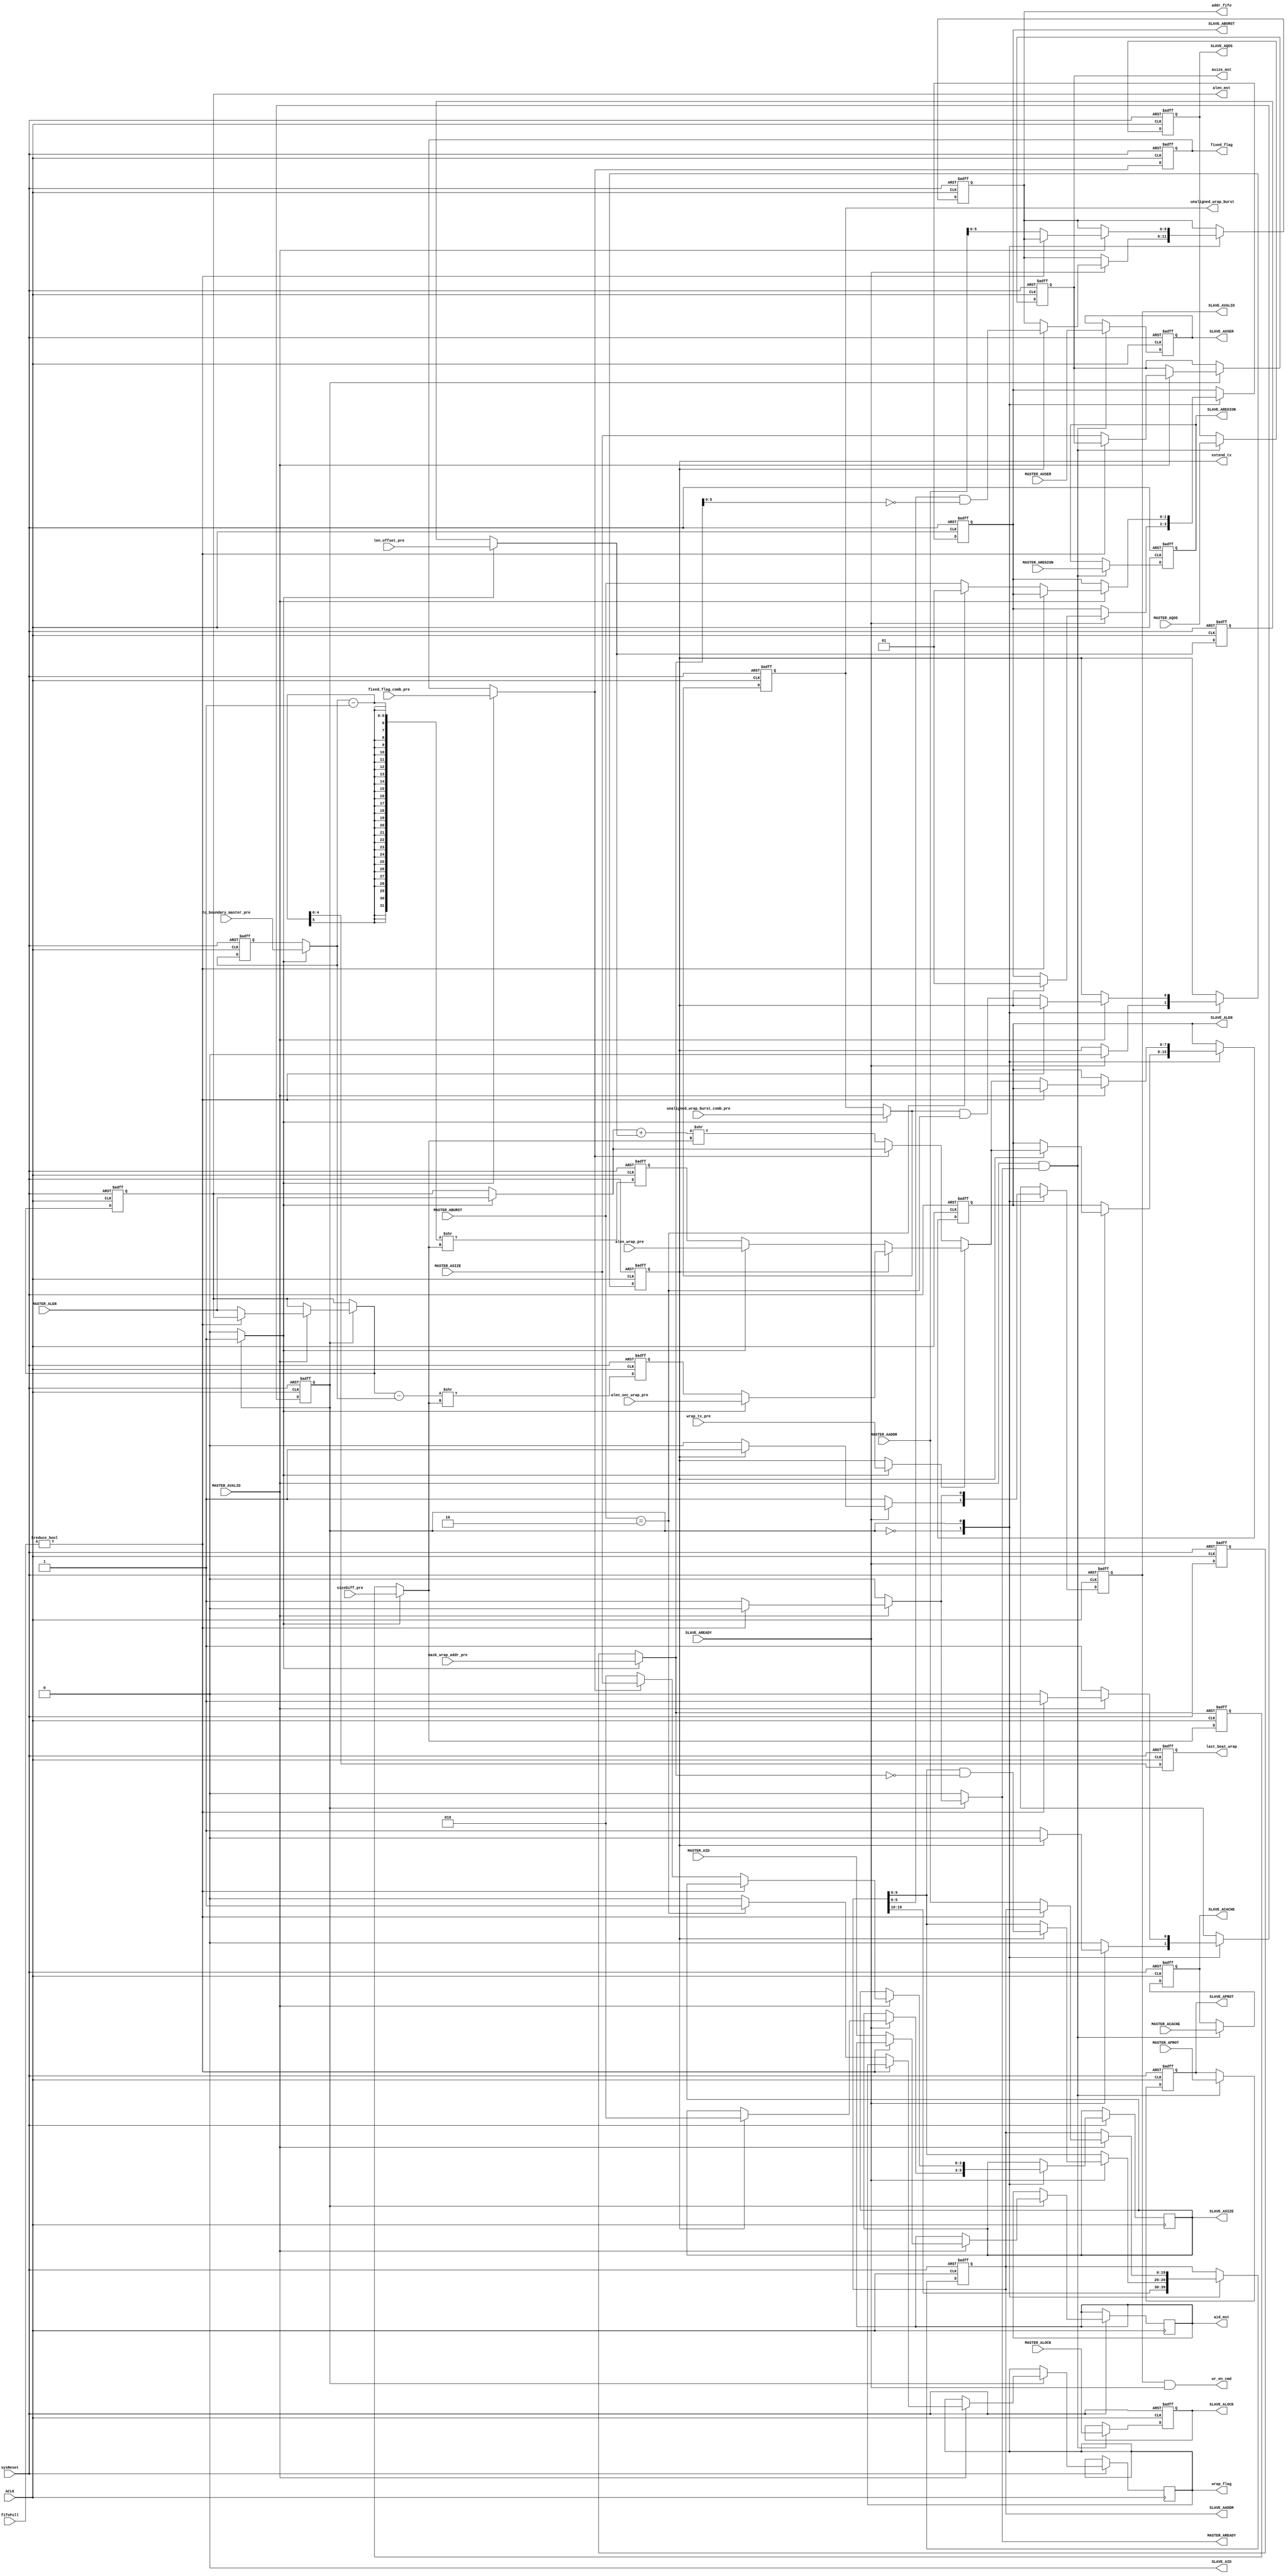
///////////////////////////////////////////////////////////////////////////////////////////////////
// Company: MICROSEMI
//
// IP Core: COREAXI4INTERCONNECT
//
//  Description  : The AMBA AXI4 Interconnect core connects one or more AXI memory-mapped master devices to one or
//                 more memory-mapped slave devices. The AMBA AXI protocol supports high-performance, high-frequency
//                 system designs.
//
//  COPYRIGHT 2017 BY MICROSEMI 
//  THE INFORMATION CONTAINED IN THIS DOCUMENT IS SUBJECT TO LICENSING RESTRICTIONS 
//  FROM MICROSEMI CORP.  IF YOU ARE NOT IN POSSESSION OF WRITTEN AUTHORIZATION FROM 
//  MICROSEMI FOR USE OF THIS FILE, THEN THE FILE SHOULD BE IMMEDIATELY DESTROYED AND 
//  NO BACK-UP OF THE FILE SHOULD BE MADE. 
//
//
/////////////////////////////////////////////////////////////////////////////////////////////////// 
 
 
module caxi4interconnect_DWC_UpConv_AChannel (
                            //  input ports
                            ACLK,
                            sysReset,
                            MASTER_ALEN,
                            MASTER_AVALID,
                            MASTER_AID,
                            MASTER_AADDR,
                            MASTER_ABURST,
                            MASTER_ACACHE,
                            MASTER_ALOCK,
                            MASTER_ASIZE,
                            MASTER_APROT,
                            MASTER_AQOS,
                            MASTER_AREGION,
                            MASTER_AUSER,
                            SLAVE_AREADY,
                            fifoFull,
                            to_boundary_master_pre,
                            mask_wrap_addr_pre,
                            sizeDiff_pre,
                            unaligned_wrap_burst_comb_pre,
                            len_offset_pre,
                            wrap_tx_pre,
                            fixed_flag_comb_pre,
                            alen_sec_wrap_pre,
                            alen_wrap_pre,
 
                            //  output ports
                            MASTER_AREADY,
                            SLAVE_ALEN,
                            SLAVE_AVALID,
                            SLAVE_AID,
                            SLAVE_AADDR,
                            SLAVE_ABURST,
                            SLAVE_ACACHE,
                            SLAVE_ALOCK,
                            SLAVE_ASIZE,
                            SLAVE_APROT,
                            SLAVE_AQOS,
                            SLAVE_AREGION,
                            SLAVE_AUSER,
                            extend_tx,
                            wr_en_cmd,
                            addr_fifo,
                            asize_mst,
                            alen_mst,
                            wrap_flag,
                            fixed_flag,
                            last_beat_wrap,
                            unaligned_wrap_burst,
                            aid_mst
                            );
 
   parameter        ADDR_WIDTH                      = 20;
   parameter        ID_WIDTH                        = 1;
   parameter        USER_WIDTH                      = 1;
   parameter        DATA_WIDTH_IN                   = 32;
   parameter        DATA_WIDTH_OUT                  = 32;
   parameter        CMD_FIFO_DATA_WIDTH             = 30;
   parameter        TOTAL_IDS                       = (2 ** ID_WIDTH);
   parameter        READ_INTERLEAVE                 = 0;
//  input ports
   input            ACLK;
   wire             ACLK;
   input            sysReset;
   wire             sysReset;
   input     [7:0]  MASTER_ALEN;
   wire      [7:0]  MASTER_ALEN;
   input            MASTER_AVALID;
   wire             MASTER_AVALID;
   input     [ID_WIDTH - 1:0] MASTER_AID;
   wire      [ID_WIDTH - 1:0] MASTER_AID;
   input     [ADDR_WIDTH - 1:0] MASTER_AADDR;
   wire      [ADDR_WIDTH - 1:0] MASTER_AADDR;
   input     [1:0]  MASTER_ABURST;
   wire      [1:0]  MASTER_ABURST;
   input     [3:0]  MASTER_ACACHE;
   wire      [3:0]  MASTER_ACACHE;
   input     [1:0]  MASTER_ALOCK;
   wire      [1:0]  MASTER_ALOCK;
   input     [2:0]  MASTER_ASIZE;
   wire      [2:0]  MASTER_ASIZE;
   input     [2:0]  MASTER_APROT;
   wire      [2:0]  MASTER_APROT;
   input     [3:0]  MASTER_AQOS;
   wire      [3:0]  MASTER_AQOS;
   input     [3:0]  MASTER_AREGION;
   wire      [3:0]  MASTER_AREGION;
   input     [USER_WIDTH - 1:0] MASTER_AUSER;
   wire      [USER_WIDTH - 1:0] MASTER_AUSER;
   input            SLAVE_AREADY;
   wire             SLAVE_AREADY;
   input     [TOTAL_IDS-1:0] fifoFull;
   wire      [TOTAL_IDS-1:0] fifoFull;
   input     [4:0]  to_boundary_master_pre;
   wire      [4:0]  to_boundary_master_pre;
   input     [9:0]  mask_wrap_addr_pre;
   wire      [9:0]  mask_wrap_addr_pre;
   input     [2:0]  sizeDiff_pre;
   wire      [2:0]  sizeDiff_pre;
   input            unaligned_wrap_burst_comb_pre;
   wire             unaligned_wrap_burst_comb_pre;
   input     [5:0]  len_offset_pre;
   wire      [5:0]  len_offset_pre;
   input            wrap_tx_pre;
   wire             wrap_tx_pre;
   input            fixed_flag_comb_pre;
   wire             fixed_flag_comb_pre;
   input     [7:0]  alen_sec_wrap_pre;
   wire      [7:0]  alen_sec_wrap_pre;
   input     [7:0]  alen_wrap_pre;
   wire      [7:0]  alen_wrap_pre;
//  output ports
   output           MASTER_AREADY;
   reg              MASTER_AREADY;
   output    [7:0]  SLAVE_ALEN;
   reg       [7:0]  SLAVE_ALEN;
   output           SLAVE_AVALID;
   reg              SLAVE_AVALID;
   output    [ID_WIDTH - 1:0] SLAVE_AID;
   wire      [ID_WIDTH - 1:0] SLAVE_AID;
   output    [ADDR_WIDTH - 1:0] SLAVE_AADDR;
   reg       [ADDR_WIDTH - 1:0] SLAVE_AADDR;
   output    [1:0]  SLAVE_ABURST;
   reg       [1:0]  SLAVE_ABURST;
   output    [3:0]  SLAVE_ACACHE;
   reg       [3:0]  SLAVE_ACACHE;
   output    [1:0]  SLAVE_ALOCK;
   reg       [1:0]  SLAVE_ALOCK;
   output    [2:0]  SLAVE_ASIZE;
   reg       [2:0]  SLAVE_ASIZE;
   output    [2:0]  SLAVE_APROT;
   reg       [2:0]  SLAVE_APROT;
   output    [3:0]  SLAVE_AQOS;
   reg       [3:0]  SLAVE_AQOS;
   output    [3:0]  SLAVE_AREGION;
   reg       [3:0]  SLAVE_AREGION;
   output    [USER_WIDTH - 1:0] SLAVE_AUSER;
   reg       [USER_WIDTH - 1:0] SLAVE_AUSER;
   output           extend_tx;
   reg              extend_tx;
   output           wr_en_cmd;
   wire             wr_en_cmd;
   output    [5:0]  addr_fifo;
   reg       [5:0]  addr_fifo;
   output    [2:0]  asize_mst;
   reg       [2:0]  asize_mst;
   output    [7:0]  alen_mst;
   reg       [7:0]  alen_mst;
   output           wrap_flag;
   reg              wrap_flag;
   output           fixed_flag;
   reg              fixed_flag;
   output    [4:0]  last_beat_wrap;
   reg       [4:0]  last_beat_wrap;
   output           unaligned_wrap_burst;
   reg              unaligned_wrap_burst;
   output    [ID_WIDTH - 1:0] aid_mst;
   reg       [ID_WIDTH - 1:0] aid_mst;
//  local signals
   wire      [1:0]  WRAP;
   reg       [4:0]  to_boundary_master;
   reg       [4:0]  to_boundary_master_reg;
   wire      [7:0]  alen_int;
   wire      [8:0]  alen_tot;
   wire      [7:0]  alen_wrap;
   wire      [7:0]  alen_sec_wrap;
   wire      [7:0]  wrap_alen_out;
   wire      [7:0]  alen_out;
   reg       [5:0]  len_offset;
   reg       [5:0]  len_offset_reg;
   reg       [9:0]  mask_wrap_addr;
   reg              unaligned_wrap_burst_comb;
   reg       [2:0]  sizeDiff_reg;
   reg       [2:0]  sizeDiff;
   wire             addr_phase_accept;
   reg              wrap_tx;
   reg       [9:0]  mask_wrap_addr_reg;
   reg       [7:0]  MASTER_ALEN_int;
   reg              fixed_flag_comb;
   reg              wait_avalid_state;
   reg       [7:0]  alen_sec_wrap_reg;
   reg       [7:0]  alen_wrap_reg;
 
   parameter SEND_TRANS  = 1'b0,
             WAIT_AVALID = 1'b1;
 
 
   reg [0:0] visual_AChan_FSM_current, visual_AChan_FSM_next;
 
   reg       [7:0]  visual_SLAVE_ALEN_next;
   reg              visual_SLAVE_AVALID_next;
   reg       [ID_WIDTH-1:0] visual_SLAVE_AID_next;
   reg       [ADDR_WIDTH - 1:0] visual_SLAVE_AADDR_next;
   reg       [1:0]  visual_SLAVE_ABURST_next;
   reg       [2:0]  visual_SLAVE_ASIZE_next;
   reg              visual_extend_tx_next;
   reg       [5:0]  visual_addr_fifo_next;
   reg       [2:0]  visual_asize_mst_next;
   reg       [7:0]  visual_alen_mst_next;
   reg              visual_wrap_flag_next;
   reg       [ID_WIDTH - 1:0] visual_aid_mst_next;
   
   wire      [TOTAL_IDS-1:0] fifoFull_Ctrl = READ_INTERLEAVE ? fifoFull[MASTER_AID] : fifoFull;
   
   reg       [ID_WIDTH - 1:0] SLAVE_AID_REG;
 
 
   // Combinational process
   always@(*)
   //always  @(SLAVE_ALEN or SLAVE_AVALID or SLAVE_AADDR or SLAVE_ABURST or SLAVE_ASIZE or extend_tx or addr_fifo or asize_mst or alen_mst or wrap_flag or aid_mst or SLAVE_AREADY or mask_wrap_addr or
   //          alen_out or MASTER_AVALID or fifoFull or MASTER_AADDR or unaligned_wrap_burst_comb or MASTER_ABURST or WRAP or MASTER_ASIZE or MASTER_ALEN or MASTER_AID or fixed_flag_comb or
   //          visual_AChan_FSM_current)
   begin : AChan_FSM_comb
      MASTER_AREADY <= 1'b0;
      visual_SLAVE_ALEN_next <= SLAVE_ALEN;
      visual_SLAVE_AVALID_next <= SLAVE_AVALID;
      visual_SLAVE_AADDR_next <= SLAVE_AADDR;
      visual_SLAVE_ABURST_next <= SLAVE_ABURST;
      visual_SLAVE_ASIZE_next <= SLAVE_ASIZE;
      visual_SLAVE_AID_next <= SLAVE_AID;
      visual_extend_tx_next <= extend_tx;
      visual_addr_fifo_next <= addr_fifo;
      visual_asize_mst_next <= asize_mst;
      visual_alen_mst_next <= alen_mst;
      visual_wrap_flag_next <= wrap_flag;
      visual_aid_mst_next <= aid_mst;
      wait_avalid_state <= 0;
 
 
 
      case (visual_AChan_FSM_current)
         SEND_TRANS:
            begin
               MASTER_AREADY <= 1'b0;
               if (SLAVE_AREADY)
               begin
                  if (extend_tx)
                  begin
                     visual_SLAVE_AVALID_next <= 1;
                     visual_SLAVE_AADDR_next <= {SLAVE_AADDR[ADDR_WIDTH - 1:10], (SLAVE_AADDR[9:0] & ~(mask_wrap_addr))};
                     visual_SLAVE_ALEN_next <= alen_out;
                     visual_SLAVE_ABURST_next <= 2'b01;
                     visual_addr_fifo_next <= SLAVE_AADDR[5:0] & ~(mask_wrap_addr[5:0]);
                     visual_extend_tx_next <= 1'b0;
                     visual_SLAVE_ASIZE_next <= $clog2 (DATA_WIDTH_OUT / 8);
                     visual_AChan_FSM_next <= SEND_TRANS;
                  end
                  else
                  begin
                     visual_SLAVE_AVALID_next <= 0;
                     visual_AChan_FSM_next <= WAIT_AVALID;
                  end
               end
               else
               begin
                  visual_SLAVE_AVALID_next <= 1'b1;
                  visual_AChan_FSM_next <= SEND_TRANS;
               end
            end
 
         WAIT_AVALID:
            begin
               wait_avalid_state <= 1;
               if (MASTER_AVALID)
               begin
                  if (fifoFull_Ctrl)
                  begin
                     visual_SLAVE_AVALID_next <= 0;
                     visual_AChan_FSM_next <= WAIT_AVALID;
                  end
                  else
                  begin
                     visual_SLAVE_AADDR_next <= MASTER_AADDR;
                     visual_SLAVE_ALEN_next <= alen_out;
                     visual_SLAVE_AVALID_next <= 1'b1;
					 visual_SLAVE_AID_next    <= MASTER_AID;
                     MASTER_AREADY <= 1'b1;
                     visual_addr_fifo_next <= MASTER_AADDR[5:0];
                     visual_extend_tx_next <= unaligned_wrap_burst_comb & (MASTER_ABURST == WRAP);
                     visual_asize_mst_next <= MASTER_ASIZE;
                     visual_alen_mst_next <= MASTER_ALEN;
                     visual_aid_mst_next <= MASTER_AID;
                     visual_SLAVE_ASIZE_next <= (fixed_flag_comb) ? MASTER_ASIZE : $clog2 (DATA_WIDTH_OUT / 8);
                     if (MASTER_ABURST == WRAP)
                     begin
                        visual_SLAVE_ABURST_next <= 2'b01;
                        visual_wrap_flag_next <= 1'b1;
                        visual_AChan_FSM_next <= SEND_TRANS;
                     end
                     else
                     begin
                        visual_SLAVE_ABURST_next <= MASTER_ABURST;
                        visual_wrap_flag_next <= 1'b0;
                        visual_AChan_FSM_next <= SEND_TRANS;
                     end
                  end
               end
               else
               begin
                  visual_SLAVE_AVALID_next <= 0;
                  visual_AChan_FSM_next <= WAIT_AVALID;
               end
            end
 
         default:
            begin
               visual_AChan_FSM_next <= WAIT_AVALID;
            end
      endcase
   end
 
   always  @(posedge ACLK or negedge sysReset)
   begin : AChan_FSM
 
      if (!sysReset)
      begin
         SLAVE_ABURST <= 2'b00;
         SLAVE_AADDR <= 0;
         SLAVE_AVALID <= 0;
         SLAVE_ALEN <= 0;
         addr_fifo <= 0;
         extend_tx <= 0;
         asize_mst <= 0;
         alen_mst <= 0;
         visual_AChan_FSM_current <= WAIT_AVALID;
      end
      else
      begin
         SLAVE_ALEN <= visual_SLAVE_ALEN_next;
         SLAVE_AVALID <= visual_SLAVE_AVALID_next;
         SLAVE_AADDR <= visual_SLAVE_AADDR_next;
         SLAVE_ABURST <= visual_SLAVE_ABURST_next;
         SLAVE_ASIZE <= visual_SLAVE_ASIZE_next;
         extend_tx <= visual_extend_tx_next;
         addr_fifo <= visual_addr_fifo_next;
         asize_mst <= visual_asize_mst_next;
         alen_mst <= visual_alen_mst_next;
         wrap_flag <= visual_wrap_flag_next;
         aid_mst <= visual_aid_mst_next;
         visual_AChan_FSM_current <= visual_AChan_FSM_next;
      end
   end
 
 
 
   always
      @( posedge ACLK or negedge sysReset )
   begin   :AChan_unchanged_sigs
 
      if (!sysReset)
      begin
         SLAVE_ALOCK <= 0;
         SLAVE_APROT <= 0;
         SLAVE_AUSER <= 0;
         SLAVE_AREGION <= 0;
         SLAVE_AQOS <= 0;
         SLAVE_ACACHE <= 0;
      end
      else
      begin
         if (addr_phase_accept)
         begin
            SLAVE_ALOCK <= MASTER_ALOCK;
            SLAVE_APROT <= MASTER_APROT;
            SLAVE_AUSER <= MASTER_AUSER;
            SLAVE_AREGION <= MASTER_AREGION;
            SLAVE_AQOS <= MASTER_AQOS;
            SLAVE_ACACHE <= MASTER_ACACHE;
         end
      end
   end
 
 
 
   always
      @( posedge ACLK or negedge sysReset )
   begin   :ctrl_sigs_reg
 
      if (!sysReset)
      begin
         to_boundary_master_reg <= 0;
         sizeDiff_reg <= 0;
         unaligned_wrap_burst <= 0;
         len_offset_reg <= 0;
         last_beat_wrap <= 0;
         mask_wrap_addr_reg <= 0;
         fixed_flag  <= 1'b0;
         alen_sec_wrap_reg <= 0;
         alen_wrap_reg <= 0;
      end
      else
      begin
         to_boundary_master_reg <= to_boundary_master;
         sizeDiff_reg <= sizeDiff;
         unaligned_wrap_burst <= unaligned_wrap_burst_comb;
         len_offset_reg <= len_offset;
         last_beat_wrap <= to_boundary_master - 1;
         mask_wrap_addr_reg <= mask_wrap_addr;
         fixed_flag <= fixed_flag_comb;
         alen_sec_wrap_reg <= (visual_alen_mst_next - to_boundary_master) >> sizeDiff;
         alen_wrap_reg <= ((to_boundary_master - 1) >>  sizeDiff);
      end
   end
 
 
 
   always  @(wait_avalid_state or to_boundary_master_pre or mask_wrap_addr_pre or sizeDiff_pre or unaligned_wrap_burst_comb_pre or MASTER_ALEN or len_offset_pre or wrap_tx_pre or fixed_flag_comb_pre or
             to_boundary_master_reg or mask_wrap_addr_reg or sizeDiff_reg or unaligned_wrap_burst or alen_mst or len_offset_reg or extend_tx or fixed_flag)
   begin   :comb
 
      if (wait_avalid_state)
      begin
         to_boundary_master <=  to_boundary_master_pre;
         mask_wrap_addr <= mask_wrap_addr_pre;
         sizeDiff <= sizeDiff_pre;
         unaligned_wrap_burst_comb <= unaligned_wrap_burst_comb_pre;
         MASTER_ALEN_int <= MASTER_ALEN;
         len_offset <= len_offset_pre;
         wrap_tx <= wrap_tx_pre;
         fixed_flag_comb <= fixed_flag_comb_pre;
      end
      else
      begin
         to_boundary_master <= to_boundary_master_reg;
         mask_wrap_addr <= mask_wrap_addr_reg;
         sizeDiff <=  sizeDiff_reg;
         unaligned_wrap_burst_comb <= unaligned_wrap_burst;
         MASTER_ALEN_int <= alen_mst;
         len_offset <= len_offset_reg;
         wrap_tx <= extend_tx;
         fixed_flag_comb <= fixed_flag;
      end
   end
 
   // use master address when MASTER_AVALID is asserted otherwise use the latched version
   assign addr_beat = MASTER_AADDR[MASTER_ASIZE+:4] & MASTER_ALEN;
 
   assign wr_en_cmd = SLAVE_AVALID & SLAVE_AREADY;
 
   assign mask = (DATA_WIDTH_OUT/8) - 1;
 
   assign alen_tot = (MASTER_ALEN_int + len_offset);
   //assign alen_wrap = ((to_boundary_master - 1) >>  sizeDiff);
   assign alen_wrap = wait_avalid_state ? alen_wrap_pre : alen_wrap_reg;
   //assign alen_sec_wrap = (MASTER_ALEN_int - to_boundary_master)  >>  sizeDiff;
   assign alen_sec_wrap = wait_avalid_state ? alen_sec_wrap_pre : alen_sec_wrap_reg;
   assign wrap_alen_out = (extend_tx ? alen_sec_wrap : alen_wrap );
   assign alen_int = (fixed_flag_comb) ? MASTER_ALEN_int : (alen_tot  >>  sizeDiff);
   // assign the number of beats left to reach the wrap boundary to alen_out for the first address phase of a wrap burst
   // assign 0 to alen_out for the second address phase of a wrap burst
   // assign the converted length (alen_int) to alen_out in case of INCR or FIXED
   assign alen_out = ((wrap_tx) ? wrap_alen_out : alen_int);
 
   assign addr_phase_accept = MASTER_AVALID & MASTER_AREADY;
 
   // force the slave to process transaction in order. It reduces the memory resources required in the converters  
   
   //assign SLAVE_AID = 0;
 
   generate 
     if(READ_INTERLEAVE)
	   begin 
	     always @(posedge ACLK or negedge sysReset)
           if (~sysReset)		 
		     SLAVE_AID_REG <= {ID_WIDTH{1'b0}};
		   else 
		     SLAVE_AID_REG <= visual_SLAVE_AID_next;
	    
		  assign SLAVE_AID = SLAVE_AID_REG;
	   end 
	 else 
	   begin 
         assign SLAVE_AID = 0;
	   end 
   endgenerate
   assign WRAP = 2'b10;
   assign FIXED = 2'b00;
 
 
endmodule